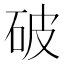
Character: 破